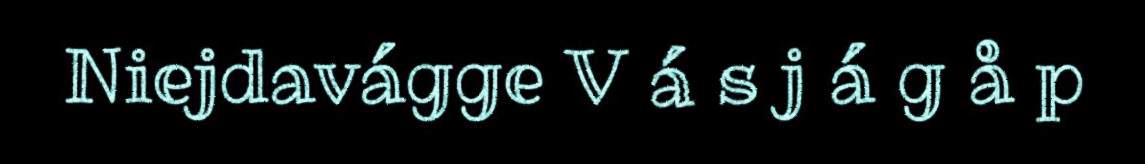
Niejdavágge V á s j á g å p